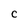
Character: C